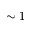
\sim 1